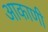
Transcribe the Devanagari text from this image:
आकाणी